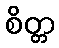
စိတ္တ